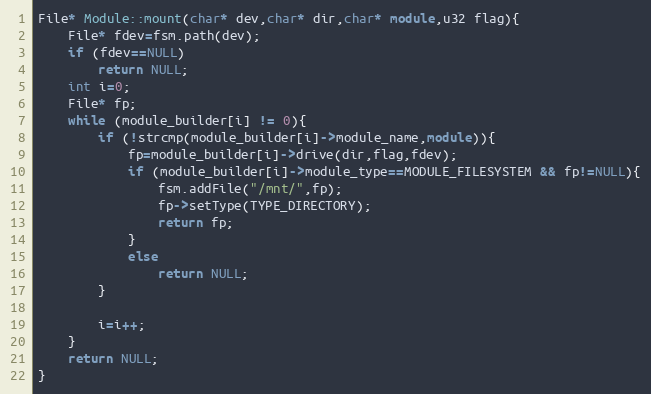
Language: C++
File* Module::mount(char* dev,char* dir,char* module,u32 flag){
	File* fdev=fsm.path(dev);
	if (fdev==NULL)
		return NULL;
	int i=0;
	File* fp;
	while (module_builder[i] != 0){
		if (!strcmp(module_builder[i]->module_name,module)){
			fp=module_builder[i]->drive(dir,flag,fdev);
			if (module_builder[i]->module_type==MODULE_FILESYSTEM && fp!=NULL){
				fsm.addFile("/mnt/",fp);
				fp->setType(TYPE_DIRECTORY);
				return fp;
			}
			else
				return NULL;
		}

		i=i++;
	}
	return NULL;
}